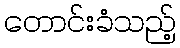
တောင်းခံသည့်